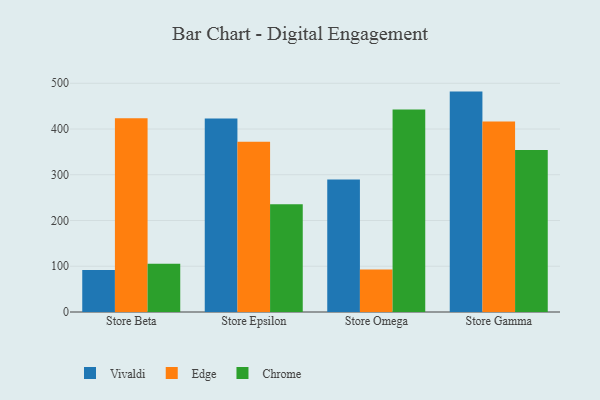
{"axis": {"x": "Store", "y": "Production Output"}, "legend": ["Chrome", "Edge", "Vivaldi"], "data": [{"x": "Store Beta", "y": 91.6, "type": "Vivaldi"}, {"x": "Store Beta", "y": 423.4, "type": "Edge"}, {"x": "Store Beta", "y": 105.5, "type": "Chrome"}, {"x": "Store Epsilon", "y": 422.9, "type": "Vivaldi"}, {"x": "Store Epsilon", "y": 371.9, "type": "Edge"}, {"x": "Store Epsilon", "y": 235.8, "type": "Chrome"}, {"x": "Store Omega", "y": 289.8, "type": "Vivaldi"}, {"x": "Store Omega", "y": 92.7, "type": "Edge"}, {"x": "Store Omega", "y": 442.9, "type": "Chrome"}, {"x": "Store Gamma", "y": 481.8, "type": "Vivaldi"}, {"x": "Store Gamma", "y": 416.7, "type": "Edge"}, {"x": "Store Gamma", "y": 354.0, "type": "Chrome"}]}